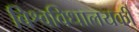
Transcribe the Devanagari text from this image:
बिश्वविधालयकी